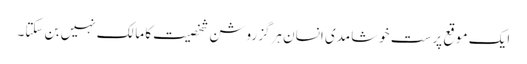
ایک موقع پرست خوشامدی انسان ہرگز روشن شخصیت کا مالک نہیں بن سکتا۔